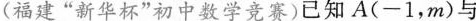
(福建”新华杯”初中数学竞赛)已知A(-1，m)与